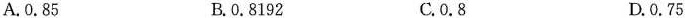
A.0.85 B.0.8192 C.0.8 D.0.75